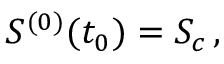
\begin{array} { r } { S ^ { ( 0 ) } ( t _ { 0 } ) = S _ { c } \, , } \end{array}